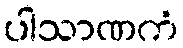
ပါသာဏကံ